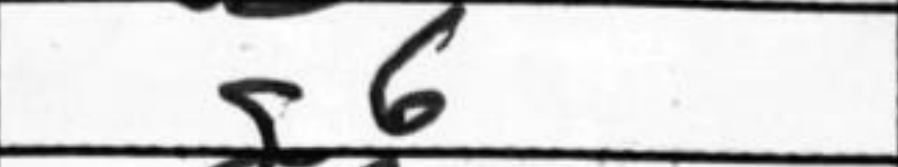
Transcription: g6